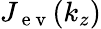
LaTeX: J_{\mathrm{~e~v~}}(k_{z})